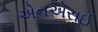
એનએસઈ